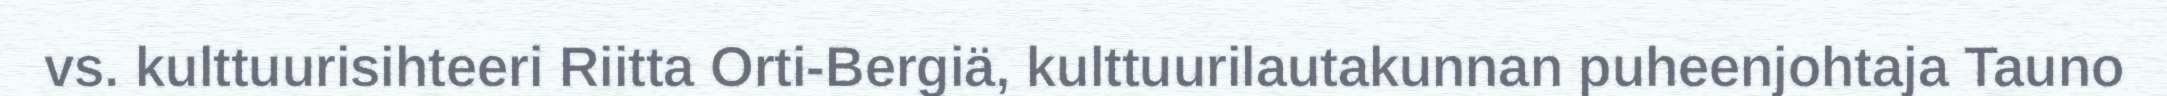
vs. kulttuurisihteeri Riitta Orti-Bergiä, kulttuurilautakunnan puheenjohtaja Tauno